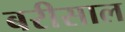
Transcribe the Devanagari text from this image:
बरीसाल